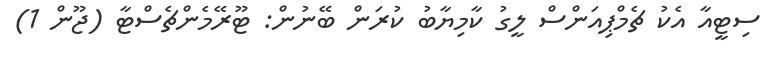
ސިޓީއާ އެކު ޗެމްޕިއަންސް ލީގު ކާމިޔާބު ކުރަން ބޭނުން: ޓޫރޭމެންޗެސްޓާ (ޖޫން 1)